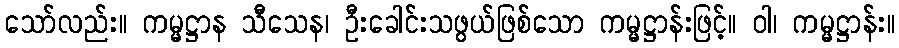
သော်လည်း။ ကမ္မဋ္ဌာန သီသေန၊ ဦးခေါင်းသဖွယ်ဖြစ်သော ကမ္မဋ္ဌာန်းဖြင့်။ ဝါ၊ ကမ္မဋ္ဌာန်း။